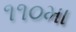
૧૧૦મા